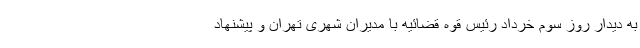
به دیدار روز سوم خرداد رئیس قوه قضائیه با مدیران شهری تهران و پیشنهاد